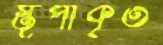
স্তূপীকৃত